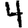
Digit: 4